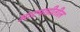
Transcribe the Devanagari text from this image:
आटपाडीतील